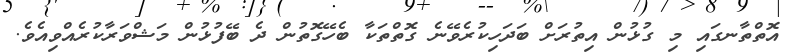
އޮތްތާނގައި މި ގުޅުން އިތުރަށް ބަދަހިކުރެވޭނެ ގޮތްތަކާ ބެހޭގޮތުން ދެ ބޭފުޅުން މަޝްވަރާކުރެއްވިއެވެ.